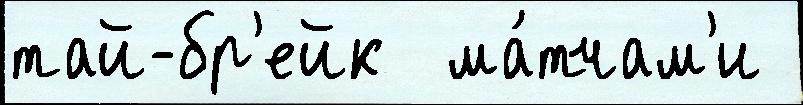
тай-бр'ейк  ма́тчам'и